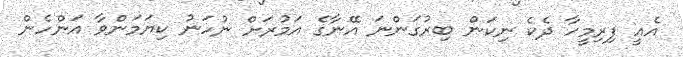
އެއީ ފިރިމީހާ ދެކެ ނިކަން ބިރުގަންނަ އޭނާގެ އަމުރަށް ނުހަނު ކިޔަމަންވާ އަންހެން